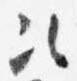
次